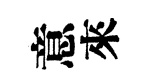
意來